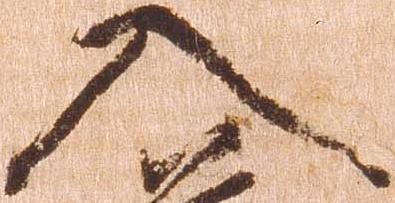
入